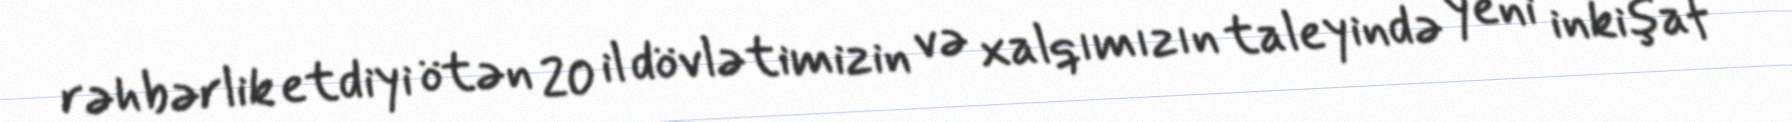
rəhbərlik etdiyi ötən 20 il dövlətimizin və xalqımızın taleyində yeni inkişaf